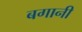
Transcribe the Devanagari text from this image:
बगानी